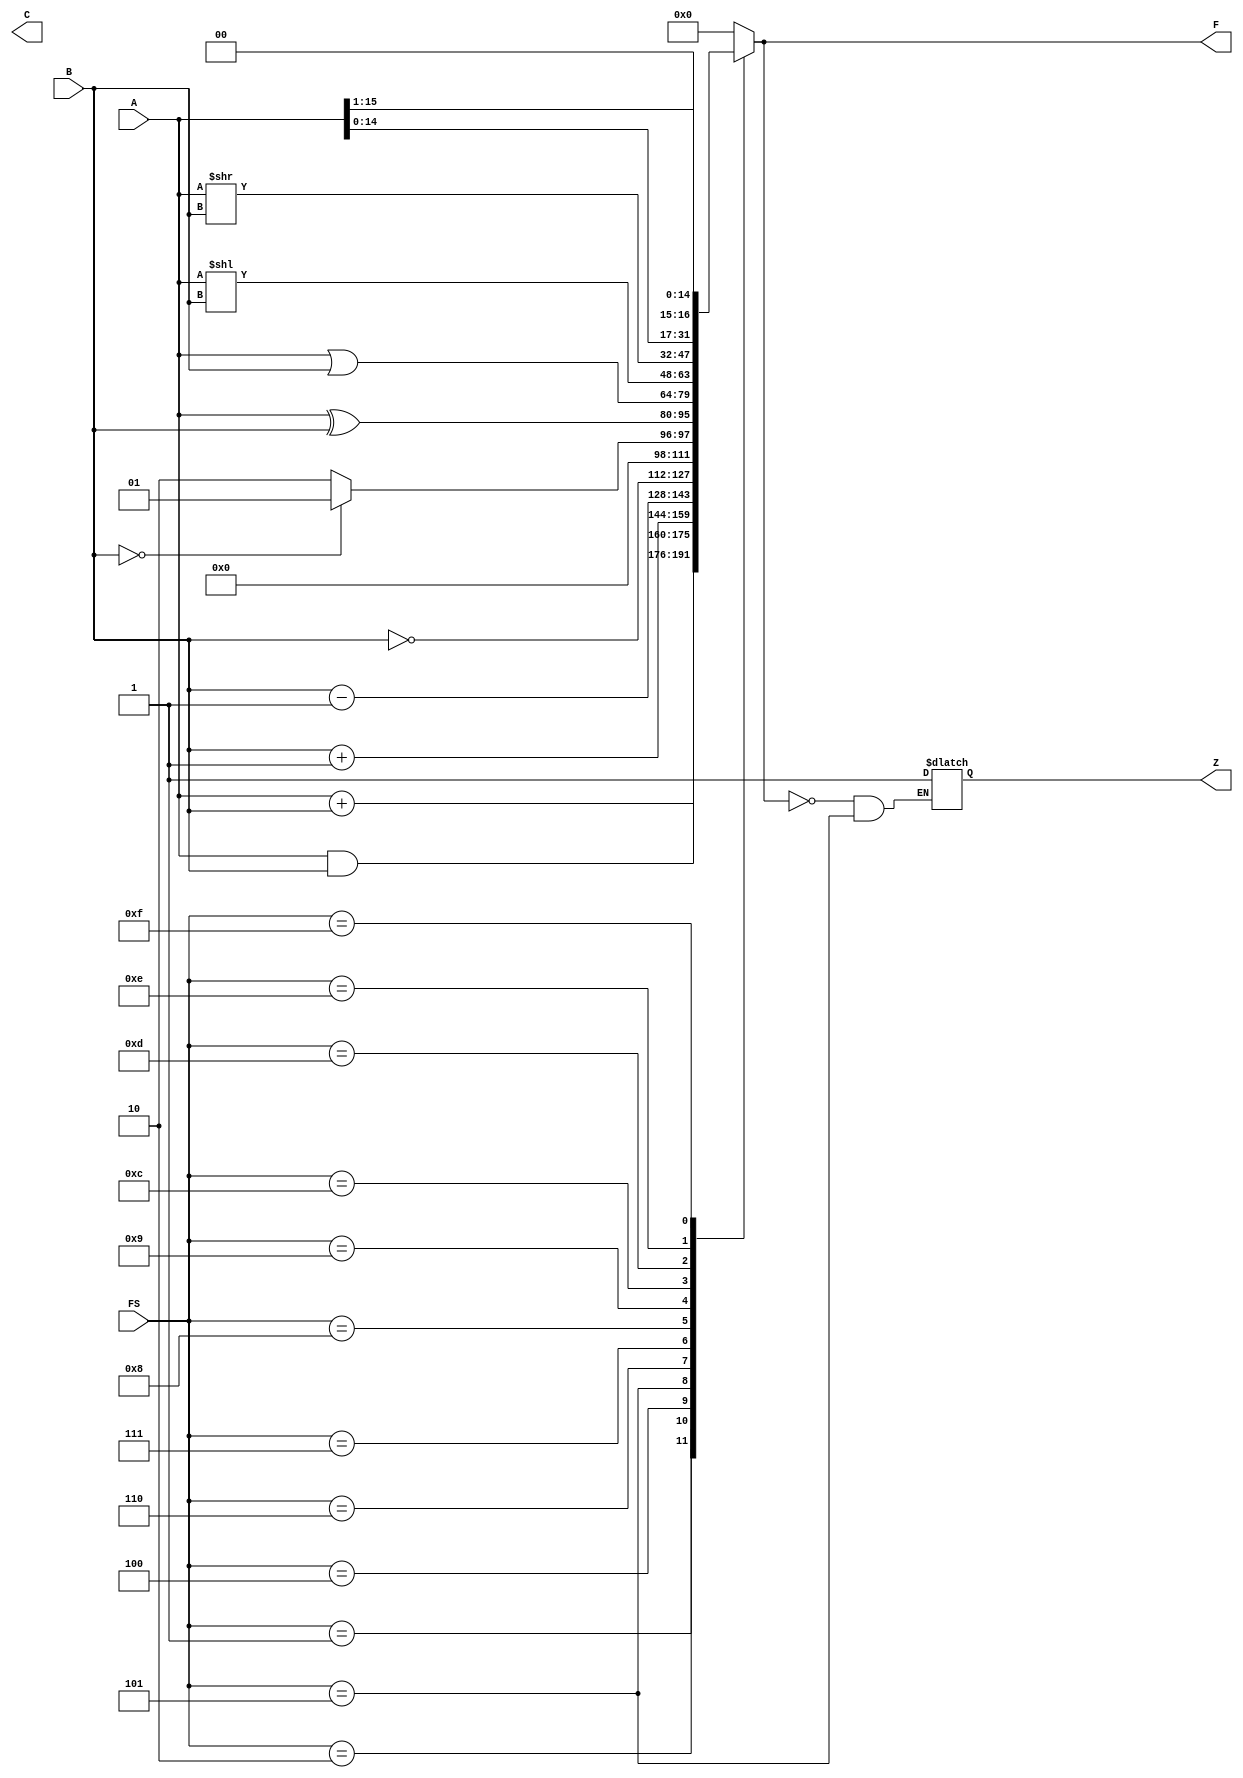
`timescale 1ns / 1ps
//////////////////////////////////////////////////////////////////////////////////
// Company: 
// Engineer: 
// 
// Design Name: 
// Module Name: alu
// Project Name: 
// Target Devices: 
// Tool Versions: 
// Description: 
// 
// Dependencies: 
// 
// Revision:
// Revision 0.01 - File Created
// 1.1 - Added case to handle SC and SZ
// Additional Comments:
// 
//////////////////////////////////////////////////////////////////////////////////


module alu(FS, A, B, F, Z, C);
    input[3:0] FS;
    input[15:0] A;
    input[15:0] B;
    output reg [15:0] F;
    output Z, C;
    reg [15:0] ztemp = 0;
    always @(*)
    begin
        case(FS)
            4'b0001: F = A + B;
            4'b0010: F = A & B;
            4'b0011: F = 0;
            4'b0100: F = B + 16'b1;
            4'b0101: F = B - 16'b1;
            4'b0110: F = ~B;
            4'b0111:
            begin
                if(B==0)F = 1; else F=2;
            end
            4'b1000: F = A ^ B;
            4'b1001: F = A|B;
            4'b1100: F = A << B;
            4'b1101: F = A >> B;
            4'b1110: F = A << 1;
            4'b1111: F = A >> 1;
            default: F = 0;
       endcase
       $display("%b", FS);
       $display("%b", F);
       if (F == 16'b0 && FS == 3'b101)
       begin
            ztemp = 1;
       end
    end
    
    assign Z = ztemp;
endmodule